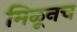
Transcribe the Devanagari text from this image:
मिळूनच